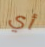
أي